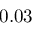
0 . 0 3